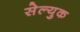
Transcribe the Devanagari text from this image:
सेल्युक